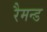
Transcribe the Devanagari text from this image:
रैमन्ड